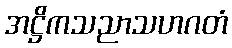
အဋ္ဌိကသညာသဟဂတံ